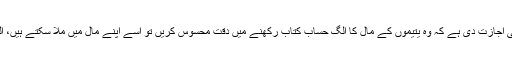
ایک دوسرے موقع پر قرآن نے یتیموں کے سرپرستوں کو اس بات کی اجازت دی ہے کہ وہ یتیموں کے مال کا الگ حساب کتاب رکھنے میں دقت محسوس کریں تو اسے اپنے مال میں ملا سکتے ہیں، البتہ بد نیتی سے اس کا مال ہڑپ کرنے کی کوشش نہیں ہونی چاہیے۔